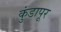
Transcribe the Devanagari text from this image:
कुंडापूर